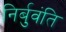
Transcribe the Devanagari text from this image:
निर्बुवंति